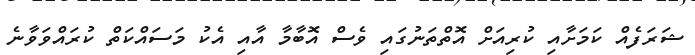
ޝަރަފެއް ކަމަށާއި ކުރިއަށް އޮތްތަނުގައި ވެސް އޮބާމާ އާއި އެކު މަސައްކަތް ކުރައްވަވާނެ